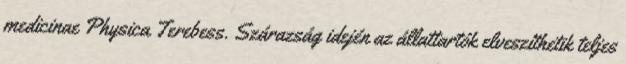
medicinae Physica Terebess. Szárazság idején az állattartók elveszíthetik teljes